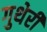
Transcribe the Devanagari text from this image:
गुथेरी